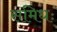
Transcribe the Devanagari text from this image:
समिधः